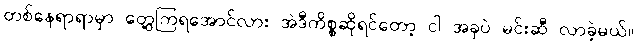
တစ်နေရာရာမှာ တွေ့ကြရအောင်လား အဲဒီကိစ္စဆိုရင်တော့ ငါ အခုပဲ မင်းဆီ လာခဲ့မယ်။